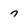
Character: 7